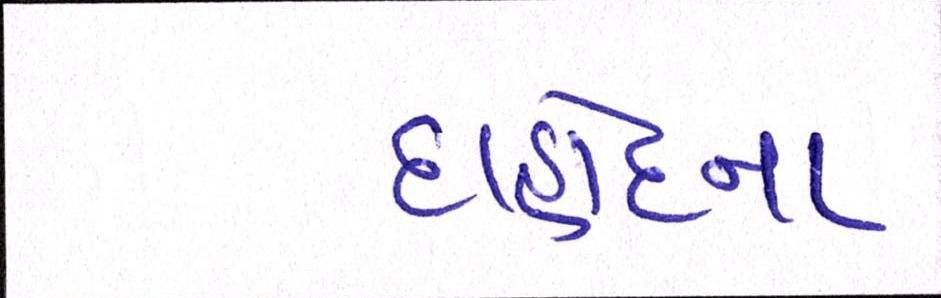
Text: દાહોદના